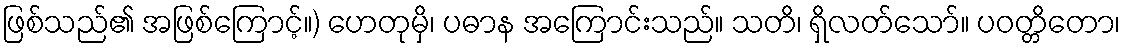
ဖြစ်သည်၏ အဖြစ်ကြောင့်။) ဟေတုမှိ၊ ပဓာန အကြောင်းသည်။ သတိ၊ ရှိလတ်သော်။ ပဝတ္တိတော၊